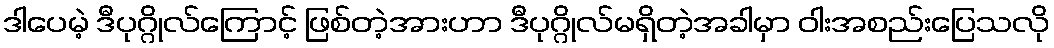
ဒါပေမဲ့ ဒီပုဂ္ဂိုလ်ကြောင့် ဖြစ်တဲ့အားဟာ ဒီပုဂ္ဂိုလ်မရှိတဲ့အခါမှာ ဝါးအစည်းပြေသလို